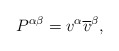
\begin{align*}P^{\alpha \beta }=v^{\alpha }\overline{v}^{\beta },\end{align*}